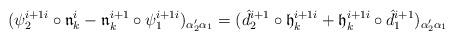
LaTeX: \begin{align*}(\psi_2^{i+1 i} \circ \frak n^i_k-\frak n^{i+1}_k\circ \psi_1^{i+1 i})_{\alpha'_2\alpha_1}=(\hat d_{2}^{i+1}\circ \frak h^{i+1 i}_k+ \frak h^{i+1 i}_k \circ \hat d_{1}^{i+1})_{\alpha'_2\alpha_1}\end{align*}